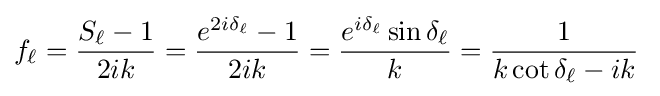
f_{\ell }={\frac {S_{\ell }-1}{2ik}}={\frac {e^{2i\delta _{\ell }}-1}{2ik}}={\frac {e^{i\delta _{\ell }}\sin \delta _{\ell }}{k}}={\frac {1}{k\cot \delta _{\ell }-ik}}\;